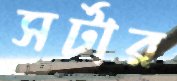
সর্টার